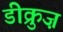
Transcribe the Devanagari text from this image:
डीक्रुज़